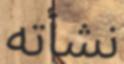
نشأته